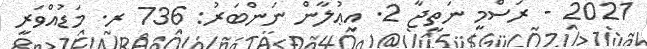
2021 - ރަސްމީ ނަތީޖާ 2. އިޢުލާން ނަންބަރު: 736 ރ. މަޑުއްވަރީ